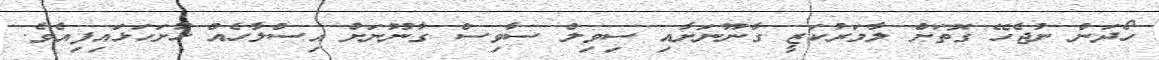
ހޯދަން ނުޖެހޭ ގޮތަށް ލާމަރުކަޒީ ގާނޫނަށާއި ސިވިލް ސާވިސް ގާނޫނަށް އިސްލާހެއް ހުށަހަޅައިފިއެވެ.